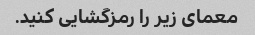
معمای زیر را رمزگشایی کنید.